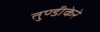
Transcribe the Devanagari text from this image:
तुण्डीकेरे